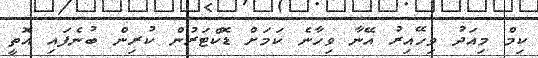
ކިމް މިއަދު ވިހޭއިރު އޭނާ ވިހާނެ ކަމަށް ޑޮކްޓަރުން ކުރިން ބުނެފައި އޮތީ